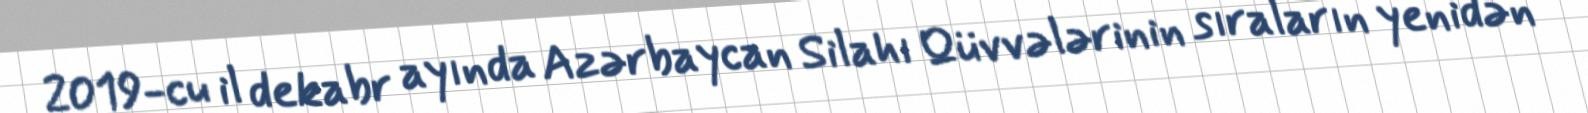
2019-cu il dekabr ayında Azərbaycan Silahı Qüvvələrinin sıraların yenidən